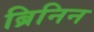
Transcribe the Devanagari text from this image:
ब्रिनिन